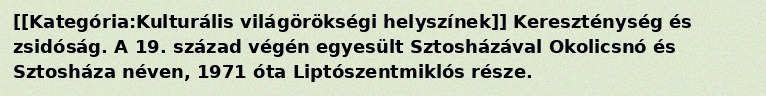
[[Kategória:Kulturális világörökségi helyszínek]] Kereszténység és zsidóság. A 19. század végén egyesült Sztosházával Okolicsnó és Sztosháza néven, 1971 óta Liptószentmiklós része.